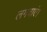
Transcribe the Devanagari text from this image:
लगवाएं।